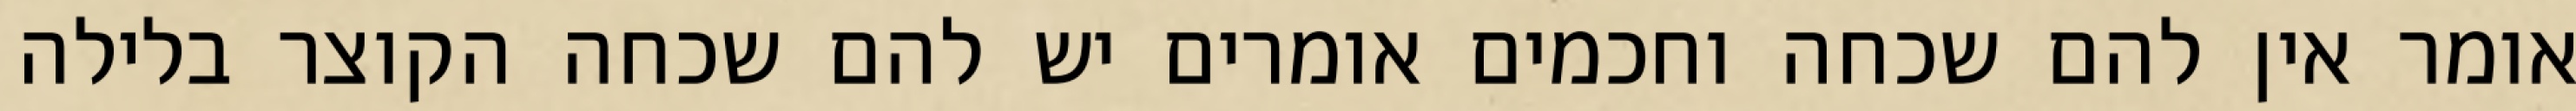
אומר אין להם שכחה וחכמים אומרים יש להם שכחה הקוצר בלילה